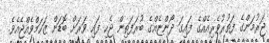
ޖަރުމަންގެ ފަތުރުވެރިއެއްގެ ފައިގަ ދޯންޏެއްގެ ބުރަފަތިން ޖެހި ފައި ވަރަށް ބޮޑަށް ޒަހަމްވެއްޖެއެވެ.